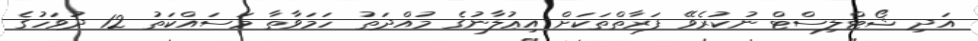
އަދި ޝޯޓްލިސްޓް ނުކުރެވޭ ފަރާތްތަކަށް އިޢުލާނުގެ މުއްދަތު ހަމަވާތާ މަސައްކަތު 12 ދުވަހުގެ